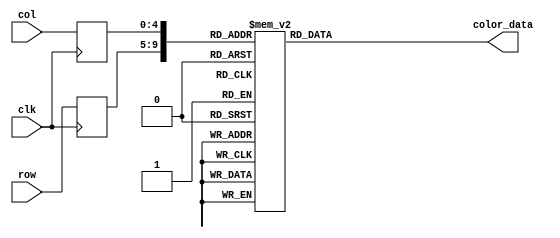
module cover_rom
	(
		input wire clk,
		input wire [4:0] row,
		input wire [4:0] col,
		output reg [11:0] color_data
	);

	(* rom_style = "block" *)

	//signal declaration
	reg [4:0] row_reg;
	reg [4:0] col_reg;

	always @(posedge clk)
		begin
		row_reg <= row;
		col_reg <= col;
		end

	always @*
	case ({row_reg, col_reg})
		10'b0000000000: color_data = 12'b111111111111;
		10'b0000000001: color_data = 12'b111111111111;
		10'b0000000010: color_data = 12'b111111111111;
		10'b0000000011: color_data = 12'b111111111111;
		10'b0000000100: color_data = 12'b111111111111;
		10'b0000000101: color_data = 12'b111111111111;
		10'b0000000110: color_data = 12'b111111111111;
		10'b0000000111: color_data = 12'b111111111111;
		10'b0000001000: color_data = 12'b111111111111;
		10'b0000001001: color_data = 12'b111111111111;
		10'b0000001010: color_data = 12'b111111111111;
		10'b0000001011: color_data = 12'b111111111111;
		10'b0000001100: color_data = 12'b111111111111;
		10'b0000001101: color_data = 12'b111111111111;
		10'b0000001110: color_data = 12'b111111111111;
		10'b0000001111: color_data = 12'b111111111111;
		10'b0000010000: color_data = 12'b111111111111;
		10'b0000010001: color_data = 12'b111111111111;
		10'b0000010010: color_data = 12'b111111111111;
		10'b0000010011: color_data = 12'b111111111111;
		10'b0000010100: color_data = 12'b111111111111;
		10'b0000010101: color_data = 12'b111111111111;
		10'b0000010110: color_data = 12'b111111111111;
		10'b0000010111: color_data = 12'b111111111111;
		10'b0000011000: color_data = 12'b111111111111;
		10'b0000011001: color_data = 12'b111111111111;
		10'b0000011010: color_data = 12'b111111111111;
		10'b0000011011: color_data = 12'b111111111111;
		10'b0000011100: color_data = 12'b101110111011;
		10'b0000011101: color_data = 12'b101110111011;

		10'b0000100000: color_data = 12'b111111111111;
		10'b0000100001: color_data = 12'b111111111111;
		10'b0000100010: color_data = 12'b111111111111;
		10'b0000100011: color_data = 12'b111111111111;
		10'b0000100100: color_data = 12'b111111111111;
		10'b0000100101: color_data = 12'b111111111111;
		10'b0000100110: color_data = 12'b111111111111;
		10'b0000100111: color_data = 12'b111111111111;
		10'b0000101000: color_data = 12'b111111111111;
		10'b0000101001: color_data = 12'b111111111111;
		10'b0000101010: color_data = 12'b111111111111;
		10'b0000101011: color_data = 12'b111111111111;
		10'b0000101100: color_data = 12'b111111111111;
		10'b0000101101: color_data = 12'b111111111111;
		10'b0000101110: color_data = 12'b111111111111;
		10'b0000101111: color_data = 12'b111111111111;
		10'b0000110000: color_data = 12'b111111111111;
		10'b0000110001: color_data = 12'b111111111111;
		10'b0000110010: color_data = 12'b111111111111;
		10'b0000110011: color_data = 12'b111111111111;
		10'b0000110100: color_data = 12'b111111111111;
		10'b0000110101: color_data = 12'b111111111111;
		10'b0000110110: color_data = 12'b111111111111;
		10'b0000110111: color_data = 12'b111111111111;
		10'b0000111000: color_data = 12'b111111111111;
		10'b0000111001: color_data = 12'b111111111111;
		10'b0000111010: color_data = 12'b111111111111;
		10'b0000111011: color_data = 12'b111111111111;
		10'b0000111100: color_data = 12'b110011001100;
		10'b0000111101: color_data = 12'b101110111011;

		10'b0001000000: color_data = 12'b111111111111;
		10'b0001000001: color_data = 12'b111111111111;
		10'b0001000010: color_data = 12'b111111111111;
		10'b0001000011: color_data = 12'b111111111111;
		10'b0001000100: color_data = 12'b111111111111;
		10'b0001000101: color_data = 12'b111111111111;
		10'b0001000110: color_data = 12'b111111111111;
		10'b0001000111: color_data = 12'b111111111111;
		10'b0001001000: color_data = 12'b111111111111;
		10'b0001001001: color_data = 12'b111111111111;
		10'b0001001010: color_data = 12'b111111111111;
		10'b0001001011: color_data = 12'b111111111111;
		10'b0001001100: color_data = 12'b111111111111;
		10'b0001001101: color_data = 12'b111111111111;
		10'b0001001110: color_data = 12'b111111111111;
		10'b0001001111: color_data = 12'b111111111111;
		10'b0001010000: color_data = 12'b111111111111;
		10'b0001010001: color_data = 12'b111111111111;
		10'b0001010010: color_data = 12'b111111111111;
		10'b0001010011: color_data = 12'b111111111111;
		10'b0001010100: color_data = 12'b111111111111;
		10'b0001010101: color_data = 12'b111111111111;
		10'b0001010110: color_data = 12'b111111111111;
		10'b0001010111: color_data = 12'b111111111111;
		10'b0001011000: color_data = 12'b111111111111;
		10'b0001011001: color_data = 12'b111111111111;
		10'b0001011010: color_data = 12'b110011001100;
		10'b0001011011: color_data = 12'b101110111011;
		10'b0001011100: color_data = 12'b011101110111;
		10'b0001011101: color_data = 12'b011101110111;

		10'b0001100000: color_data = 12'b111111111111;
		10'b0001100001: color_data = 12'b111111111111;
		10'b0001100010: color_data = 12'b111111111111;
		10'b0001100011: color_data = 12'b111111111111;
		10'b0001100100: color_data = 12'b111111111111;
		10'b0001100101: color_data = 12'b111111111111;
		10'b0001100110: color_data = 12'b111111111111;
		10'b0001100111: color_data = 12'b111111111111;
		10'b0001101000: color_data = 12'b111111111111;
		10'b0001101001: color_data = 12'b111111111111;
		10'b0001101010: color_data = 12'b111111111111;
		10'b0001101011: color_data = 12'b111111111111;
		10'b0001101100: color_data = 12'b111111111111;
		10'b0001101101: color_data = 12'b111111111111;
		10'b0001101110: color_data = 12'b111111111111;
		10'b0001101111: color_data = 12'b111111111111;
		10'b0001110000: color_data = 12'b111111111111;
		10'b0001110001: color_data = 12'b111111111111;
		10'b0001110010: color_data = 12'b111111111111;
		10'b0001110011: color_data = 12'b111111111111;
		10'b0001110100: color_data = 12'b111111111111;
		10'b0001110101: color_data = 12'b111111111111;
		10'b0001110110: color_data = 12'b111111111111;
		10'b0001110111: color_data = 12'b111111111111;
		10'b0001111000: color_data = 12'b111111111111;
		10'b0001111001: color_data = 12'b111111111111;
		10'b0001111010: color_data = 12'b101110111011;
		10'b0001111011: color_data = 12'b101110111011;
		10'b0001111100: color_data = 12'b011101110111;
		10'b0001111101: color_data = 12'b011101110111;

		10'b0010000000: color_data = 12'b111111111111;
		10'b0010000001: color_data = 12'b111111111111;
		10'b0010000010: color_data = 12'b111111111111;
		10'b0010000011: color_data = 12'b111111111111;
		10'b0010000100: color_data = 12'b110011001100;
		10'b0010000101: color_data = 12'b101110111011;
		10'b0010000110: color_data = 12'b101110111011;
		10'b0010000111: color_data = 12'b101110111011;
		10'b0010001000: color_data = 12'b101110111011;
		10'b0010001001: color_data = 12'b101110111011;
		10'b0010001010: color_data = 12'b101110111011;
		10'b0010001011: color_data = 12'b101110111011;
		10'b0010001100: color_data = 12'b101110111011;
		10'b0010001101: color_data = 12'b101110111011;
		10'b0010001110: color_data = 12'b101110111011;
		10'b0010001111: color_data = 12'b101110111011;
		10'b0010010000: color_data = 12'b101110111011;
		10'b0010010001: color_data = 12'b101110111011;
		10'b0010010010: color_data = 12'b101110111011;
		10'b0010010011: color_data = 12'b101110111011;
		10'b0010010100: color_data = 12'b101110111011;
		10'b0010010101: color_data = 12'b101110111011;
		10'b0010010110: color_data = 12'b101110111011;
		10'b0010010111: color_data = 12'b101110111011;
		10'b0010011000: color_data = 12'b101110111011;
		10'b0010011001: color_data = 12'b101110111011;
		10'b0010011010: color_data = 12'b011101110111;
		10'b0010011011: color_data = 12'b011101110111;
		10'b0010011100: color_data = 12'b011101110111;
		10'b0010011101: color_data = 12'b011101110111;

		10'b0010100000: color_data = 12'b111111111111;
		10'b0010100001: color_data = 12'b111111111111;
		10'b0010100010: color_data = 12'b111111111111;
		10'b0010100011: color_data = 12'b111111111111;
		10'b0010100100: color_data = 12'b101110111011;
		10'b0010100101: color_data = 12'b101110111011;
		10'b0010100110: color_data = 12'b101110111011;
		10'b0010100111: color_data = 12'b101110111011;
		10'b0010101000: color_data = 12'b101110111011;
		10'b0010101001: color_data = 12'b101110111011;
		10'b0010101010: color_data = 12'b101110111011;
		10'b0010101011: color_data = 12'b101110111011;
		10'b0010101100: color_data = 12'b101110111011;
		10'b0010101101: color_data = 12'b101110111011;
		10'b0010101110: color_data = 12'b101110111011;
		10'b0010101111: color_data = 12'b101110111011;
		10'b0010110000: color_data = 12'b101110111011;
		10'b0010110001: color_data = 12'b101110111011;
		10'b0010110010: color_data = 12'b101110111011;
		10'b0010110011: color_data = 12'b101110111011;
		10'b0010110100: color_data = 12'b101110111011;
		10'b0010110101: color_data = 12'b101110111011;
		10'b0010110110: color_data = 12'b101110111011;
		10'b0010110111: color_data = 12'b101110111011;
		10'b0010111000: color_data = 12'b101110111011;
		10'b0010111001: color_data = 12'b101110111011;
		10'b0010111010: color_data = 12'b011101110111;
		10'b0010111011: color_data = 12'b011101110111;
		10'b0010111100: color_data = 12'b011101110111;
		10'b0010111101: color_data = 12'b011101110111;

		10'b0011000000: color_data = 12'b111111111111;
		10'b0011000001: color_data = 12'b111111111111;
		10'b0011000010: color_data = 12'b111111111111;
		10'b0011000011: color_data = 12'b111111111111;
		10'b0011000100: color_data = 12'b101110111011;
		10'b0011000101: color_data = 12'b101110111011;
		10'b0011000110: color_data = 12'b110011001100;
		10'b0011000111: color_data = 12'b101110111011;
		10'b0011001000: color_data = 12'b101110111011;
		10'b0011001001: color_data = 12'b101110111011;
		10'b0011001010: color_data = 12'b101110111011;
		10'b0011001011: color_data = 12'b101110111011;
		10'b0011001100: color_data = 12'b101110111011;
		10'b0011001101: color_data = 12'b101110111011;
		10'b0011001110: color_data = 12'b101110111011;
		10'b0011001111: color_data = 12'b101110111011;
		10'b0011010000: color_data = 12'b101110111011;
		10'b0011010001: color_data = 12'b101110111011;
		10'b0011010010: color_data = 12'b101110111011;
		10'b0011010011: color_data = 12'b101110111011;
		10'b0011010100: color_data = 12'b101110111011;
		10'b0011010101: color_data = 12'b101110111011;
		10'b0011010110: color_data = 12'b101110111011;
		10'b0011010111: color_data = 12'b101110111011;
		10'b0011011000: color_data = 12'b101110111011;
		10'b0011011001: color_data = 12'b101110111011;
		10'b0011011010: color_data = 12'b011101110111;
		10'b0011011011: color_data = 12'b011101110111;
		10'b0011011100: color_data = 12'b011101110111;
		10'b0011011101: color_data = 12'b100010001000;

		10'b0011100000: color_data = 12'b111111111111;
		10'b0011100001: color_data = 12'b111111111111;
		10'b0011100010: color_data = 12'b111111111111;
		10'b0011100011: color_data = 12'b111111111111;
		10'b0011100100: color_data = 12'b110011001100;
		10'b0011100101: color_data = 12'b101110111011;
		10'b0011100110: color_data = 12'b101110111011;
		10'b0011100111: color_data = 12'b101110111011;
		10'b0011101000: color_data = 12'b101110111011;
		10'b0011101001: color_data = 12'b101110111011;
		10'b0011101010: color_data = 12'b101110111011;
		10'b0011101011: color_data = 12'b101110111011;
		10'b0011101100: color_data = 12'b101110111011;
		10'b0011101101: color_data = 12'b101110111011;
		10'b0011101110: color_data = 12'b101110111011;
		10'b0011101111: color_data = 12'b101110111011;
		10'b0011110000: color_data = 12'b101110111011;
		10'b0011110001: color_data = 12'b101110111011;
		10'b0011110010: color_data = 12'b101110111011;
		10'b0011110011: color_data = 12'b101110111011;
		10'b0011110100: color_data = 12'b101110111011;
		10'b0011110101: color_data = 12'b101110111011;
		10'b0011110110: color_data = 12'b101110111011;
		10'b0011110111: color_data = 12'b101110111011;
		10'b0011111000: color_data = 12'b101110111011;
		10'b0011111001: color_data = 12'b101110111011;
		10'b0011111010: color_data = 12'b011101110111;
		10'b0011111011: color_data = 12'b011101110111;
		10'b0011111100: color_data = 12'b011101110111;
		10'b0011111101: color_data = 12'b011101110111;

		10'b0100000000: color_data = 12'b111111111111;
		10'b0100000001: color_data = 12'b111111111111;
		10'b0100000010: color_data = 12'b111111111111;
		10'b0100000011: color_data = 12'b111111111111;
		10'b0100000100: color_data = 12'b101110111011;
		10'b0100000101: color_data = 12'b101110111011;
		10'b0100000110: color_data = 12'b101110111011;
		10'b0100000111: color_data = 12'b101110111011;
		10'b0100001000: color_data = 12'b101110111011;
		10'b0100001001: color_data = 12'b101110111011;
		10'b0100001010: color_data = 12'b101110111011;
		10'b0100001011: color_data = 12'b101110111011;
		10'b0100001100: color_data = 12'b101110111011;
		10'b0100001101: color_data = 12'b101110111011;
		10'b0100001110: color_data = 12'b101110111011;
		10'b0100001111: color_data = 12'b101110111011;
		10'b0100010000: color_data = 12'b101110111011;
		10'b0100010001: color_data = 12'b101110111011;
		10'b0100010010: color_data = 12'b101110111011;
		10'b0100010011: color_data = 12'b101110111011;
		10'b0100010100: color_data = 12'b101110111011;
		10'b0100010101: color_data = 12'b101110111011;
		10'b0100010110: color_data = 12'b101110111011;
		10'b0100010111: color_data = 12'b101110111011;
		10'b0100011000: color_data = 12'b101110111011;
		10'b0100011001: color_data = 12'b101110111011;
		10'b0100011010: color_data = 12'b011101110111;
		10'b0100011011: color_data = 12'b011101110111;
		10'b0100011100: color_data = 12'b011101110111;
		10'b0100011101: color_data = 12'b011101110111;

		10'b0100100000: color_data = 12'b111111111111;
		10'b0100100001: color_data = 12'b111111111111;
		10'b0100100010: color_data = 12'b111111111111;
		10'b0100100011: color_data = 12'b111111111111;
		10'b0100100100: color_data = 12'b101110111011;
		10'b0100100101: color_data = 12'b101110111011;
		10'b0100100110: color_data = 12'b101110111011;
		10'b0100100111: color_data = 12'b101110111011;
		10'b0100101000: color_data = 12'b101110111011;
		10'b0100101001: color_data = 12'b101110111011;
		10'b0100101010: color_data = 12'b101110111011;
		10'b0100101011: color_data = 12'b101110111011;
		10'b0100101100: color_data = 12'b101110111011;
		10'b0100101101: color_data = 12'b101110111011;
		10'b0100101110: color_data = 12'b101110111011;
		10'b0100101111: color_data = 12'b101110111011;
		10'b0100110000: color_data = 12'b101110111011;
		10'b0100110001: color_data = 12'b101110111011;
		10'b0100110010: color_data = 12'b101110111011;
		10'b0100110011: color_data = 12'b101110111011;
		10'b0100110100: color_data = 12'b101110111011;
		10'b0100110101: color_data = 12'b101110111011;
		10'b0100110110: color_data = 12'b101110111011;
		10'b0100110111: color_data = 12'b101110111011;
		10'b0100111000: color_data = 12'b101110111011;
		10'b0100111001: color_data = 12'b101110111011;
		10'b0100111010: color_data = 12'b011101110111;
		10'b0100111011: color_data = 12'b011101110111;
		10'b0100111100: color_data = 12'b011101110111;
		10'b0100111101: color_data = 12'b011101110111;

		10'b0101000000: color_data = 12'b111111111111;
		10'b0101000001: color_data = 12'b111111111111;
		10'b0101000010: color_data = 12'b111111111111;
		10'b0101000011: color_data = 12'b111111111111;
		10'b0101000100: color_data = 12'b101110111011;
		10'b0101000101: color_data = 12'b101110111011;
		10'b0101000110: color_data = 12'b101110111011;
		10'b0101000111: color_data = 12'b101110111011;
		10'b0101001000: color_data = 12'b101110111011;
		10'b0101001001: color_data = 12'b101110111011;
		10'b0101001010: color_data = 12'b101110111011;
		10'b0101001011: color_data = 12'b101110111011;
		10'b0101001100: color_data = 12'b101110111011;
		10'b0101001101: color_data = 12'b101110111011;
		10'b0101001110: color_data = 12'b101110111011;
		10'b0101001111: color_data = 12'b101110111011;
		10'b0101010000: color_data = 12'b101110111011;
		10'b0101010001: color_data = 12'b101110111011;
		10'b0101010010: color_data = 12'b101110111011;
		10'b0101010011: color_data = 12'b101110111011;
		10'b0101010100: color_data = 12'b101110111011;
		10'b0101010101: color_data = 12'b101110111011;
		10'b0101010110: color_data = 12'b101110111011;
		10'b0101010111: color_data = 12'b101110111011;
		10'b0101011000: color_data = 12'b101110111011;
		10'b0101011001: color_data = 12'b101110111011;
		10'b0101011010: color_data = 12'b011101110111;
		10'b0101011011: color_data = 12'b011101110111;
		10'b0101011100: color_data = 12'b011101110111;
		10'b0101011101: color_data = 12'b011101110111;

		10'b0101100000: color_data = 12'b111111111111;
		10'b0101100001: color_data = 12'b111111111111;
		10'b0101100010: color_data = 12'b111111111111;
		10'b0101100011: color_data = 12'b111111111111;
		10'b0101100100: color_data = 12'b101110111011;
		10'b0101100101: color_data = 12'b101110111011;
		10'b0101100110: color_data = 12'b101110111011;
		10'b0101100111: color_data = 12'b101110111011;
		10'b0101101000: color_data = 12'b101110111011;
		10'b0101101001: color_data = 12'b101110111011;
		10'b0101101010: color_data = 12'b101110111011;
		10'b0101101011: color_data = 12'b101110111011;
		10'b0101101100: color_data = 12'b101110111011;
		10'b0101101101: color_data = 12'b101110111011;
		10'b0101101110: color_data = 12'b101110111011;
		10'b0101101111: color_data = 12'b101110111011;
		10'b0101110000: color_data = 12'b101110111011;
		10'b0101110001: color_data = 12'b101110111011;
		10'b0101110010: color_data = 12'b101110111011;
		10'b0101110011: color_data = 12'b101110111011;
		10'b0101110100: color_data = 12'b101110111011;
		10'b0101110101: color_data = 12'b101110111011;
		10'b0101110110: color_data = 12'b101110111011;
		10'b0101110111: color_data = 12'b101110111011;
		10'b0101111000: color_data = 12'b101110111011;
		10'b0101111001: color_data = 12'b101110111011;
		10'b0101111010: color_data = 12'b011101110111;
		10'b0101111011: color_data = 12'b011101110111;
		10'b0101111100: color_data = 12'b011101110111;
		10'b0101111101: color_data = 12'b011101110111;

		10'b0110000000: color_data = 12'b111111111111;
		10'b0110000001: color_data = 12'b111111111111;
		10'b0110000010: color_data = 12'b111111111111;
		10'b0110000011: color_data = 12'b111111111111;
		10'b0110000100: color_data = 12'b101110111011;
		10'b0110000101: color_data = 12'b101110111011;
		10'b0110000110: color_data = 12'b101110111011;
		10'b0110000111: color_data = 12'b101110111011;
		10'b0110001000: color_data = 12'b101110111011;
		10'b0110001001: color_data = 12'b101110111011;
		10'b0110001010: color_data = 12'b101110111011;
		10'b0110001011: color_data = 12'b101110111011;
		10'b0110001100: color_data = 12'b101110111011;
		10'b0110001101: color_data = 12'b101110111011;
		10'b0110001110: color_data = 12'b101110111011;
		10'b0110001111: color_data = 12'b101110111011;
		10'b0110010000: color_data = 12'b101110111011;
		10'b0110010001: color_data = 12'b101110111011;
		10'b0110010010: color_data = 12'b101110111011;
		10'b0110010011: color_data = 12'b101110111011;
		10'b0110010100: color_data = 12'b101110111011;
		10'b0110010101: color_data = 12'b101110111011;
		10'b0110010110: color_data = 12'b101110111011;
		10'b0110010111: color_data = 12'b101110111011;
		10'b0110011000: color_data = 12'b101110111011;
		10'b0110011001: color_data = 12'b101110111011;
		10'b0110011010: color_data = 12'b011101110111;
		10'b0110011011: color_data = 12'b011101110111;
		10'b0110011100: color_data = 12'b011101110111;
		10'b0110011101: color_data = 12'b011101110111;

		10'b0110100000: color_data = 12'b111111111111;
		10'b0110100001: color_data = 12'b111111111111;
		10'b0110100010: color_data = 12'b111111111111;
		10'b0110100011: color_data = 12'b111111111111;
		10'b0110100100: color_data = 12'b101110111011;
		10'b0110100101: color_data = 12'b101110111011;
		10'b0110100110: color_data = 12'b101110111011;
		10'b0110100111: color_data = 12'b101110111011;
		10'b0110101000: color_data = 12'b101110111011;
		10'b0110101001: color_data = 12'b101110111011;
		10'b0110101010: color_data = 12'b101110111011;
		10'b0110101011: color_data = 12'b101110111011;
		10'b0110101100: color_data = 12'b101110111011;
		10'b0110101101: color_data = 12'b101110111011;
		10'b0110101110: color_data = 12'b101110111011;
		10'b0110101111: color_data = 12'b101110111011;
		10'b0110110000: color_data = 12'b101110111011;
		10'b0110110001: color_data = 12'b101110111011;
		10'b0110110010: color_data = 12'b101110111011;
		10'b0110110011: color_data = 12'b101110111011;
		10'b0110110100: color_data = 12'b101110111011;
		10'b0110110101: color_data = 12'b101110111011;
		10'b0110110110: color_data = 12'b101110111011;
		10'b0110110111: color_data = 12'b101110111011;
		10'b0110111000: color_data = 12'b101110111011;
		10'b0110111001: color_data = 12'b101110111011;
		10'b0110111010: color_data = 12'b011101110111;
		10'b0110111011: color_data = 12'b011101110111;
		10'b0110111100: color_data = 12'b011101110111;
		10'b0110111101: color_data = 12'b011101110111;

		10'b0111000000: color_data = 12'b111111111111;
		10'b0111000001: color_data = 12'b111111111111;
		10'b0111000010: color_data = 12'b111111111111;
		10'b0111000011: color_data = 12'b111111111111;
		10'b0111000100: color_data = 12'b101110111011;
		10'b0111000101: color_data = 12'b101110111011;
		10'b0111000110: color_data = 12'b101110111011;
		10'b0111000111: color_data = 12'b101110111011;
		10'b0111001000: color_data = 12'b101110111011;
		10'b0111001001: color_data = 12'b101110111011;
		10'b0111001010: color_data = 12'b101110111011;
		10'b0111001011: color_data = 12'b101110111011;
		10'b0111001100: color_data = 12'b101110111011;
		10'b0111001101: color_data = 12'b101110111011;
		10'b0111001110: color_data = 12'b101110111011;
		10'b0111001111: color_data = 12'b101110111011;
		10'b0111010000: color_data = 12'b101110111011;
		10'b0111010001: color_data = 12'b101110111011;
		10'b0111010010: color_data = 12'b101110111011;
		10'b0111010011: color_data = 12'b101110111011;
		10'b0111010100: color_data = 12'b101110111011;
		10'b0111010101: color_data = 12'b101110111011;
		10'b0111010110: color_data = 12'b101110111011;
		10'b0111010111: color_data = 12'b101110111011;
		10'b0111011000: color_data = 12'b101110111011;
		10'b0111011001: color_data = 12'b101110111011;
		10'b0111011010: color_data = 12'b011101110111;
		10'b0111011011: color_data = 12'b011101110111;
		10'b0111011100: color_data = 12'b011101110111;
		10'b0111011101: color_data = 12'b011101110111;

		10'b0111100000: color_data = 12'b111111111111;
		10'b0111100001: color_data = 12'b111111111111;
		10'b0111100010: color_data = 12'b111111111111;
		10'b0111100011: color_data = 12'b111111111111;
		10'b0111100100: color_data = 12'b101110111011;
		10'b0111100101: color_data = 12'b101110111011;
		10'b0111100110: color_data = 12'b101110111011;
		10'b0111100111: color_data = 12'b101110111011;
		10'b0111101000: color_data = 12'b101110111011;
		10'b0111101001: color_data = 12'b101110111011;
		10'b0111101010: color_data = 12'b101110111011;
		10'b0111101011: color_data = 12'b101110111011;
		10'b0111101100: color_data = 12'b101110111011;
		10'b0111101101: color_data = 12'b101110111011;
		10'b0111101110: color_data = 12'b101110111011;
		10'b0111101111: color_data = 12'b101110111011;
		10'b0111110000: color_data = 12'b101110111011;
		10'b0111110001: color_data = 12'b101110111011;
		10'b0111110010: color_data = 12'b101110111011;
		10'b0111110011: color_data = 12'b101110111011;
		10'b0111110100: color_data = 12'b101110111011;
		10'b0111110101: color_data = 12'b101110111011;
		10'b0111110110: color_data = 12'b101110111011;
		10'b0111110111: color_data = 12'b101110111011;
		10'b0111111000: color_data = 12'b101110111011;
		10'b0111111001: color_data = 12'b101110111011;
		10'b0111111010: color_data = 12'b011101110111;
		10'b0111111011: color_data = 12'b011101110111;
		10'b0111111100: color_data = 12'b011101110111;
		10'b0111111101: color_data = 12'b011101110111;

		10'b1000000000: color_data = 12'b111111111111;
		10'b1000000001: color_data = 12'b111111111111;
		10'b1000000010: color_data = 12'b111111111111;
		10'b1000000011: color_data = 12'b111111111111;
		10'b1000000100: color_data = 12'b101110111011;
		10'b1000000101: color_data = 12'b101110111011;
		10'b1000000110: color_data = 12'b101110111011;
		10'b1000000111: color_data = 12'b101110111011;
		10'b1000001000: color_data = 12'b101110111011;
		10'b1000001001: color_data = 12'b101110111011;
		10'b1000001010: color_data = 12'b101110111011;
		10'b1000001011: color_data = 12'b101110111011;
		10'b1000001100: color_data = 12'b101110111011;
		10'b1000001101: color_data = 12'b101110111011;
		10'b1000001110: color_data = 12'b101110111011;
		10'b1000001111: color_data = 12'b101110111011;
		10'b1000010000: color_data = 12'b101110111011;
		10'b1000010001: color_data = 12'b101110111011;
		10'b1000010010: color_data = 12'b101110111011;
		10'b1000010011: color_data = 12'b101110111011;
		10'b1000010100: color_data = 12'b101110111011;
		10'b1000010101: color_data = 12'b101110111011;
		10'b1000010110: color_data = 12'b101110111011;
		10'b1000010111: color_data = 12'b101110111011;
		10'b1000011000: color_data = 12'b101110111011;
		10'b1000011001: color_data = 12'b101110111011;
		10'b1000011010: color_data = 12'b011101110111;
		10'b1000011011: color_data = 12'b011101110111;
		10'b1000011100: color_data = 12'b011101110111;
		10'b1000011101: color_data = 12'b011101110111;

		10'b1000100000: color_data = 12'b111111111111;
		10'b1000100001: color_data = 12'b111111111111;
		10'b1000100010: color_data = 12'b111111111111;
		10'b1000100011: color_data = 12'b111111111111;
		10'b1000100100: color_data = 12'b101110111011;
		10'b1000100101: color_data = 12'b101110111011;
		10'b1000100110: color_data = 12'b101110111011;
		10'b1000100111: color_data = 12'b101110111011;
		10'b1000101000: color_data = 12'b101110111011;
		10'b1000101001: color_data = 12'b101110111011;
		10'b1000101010: color_data = 12'b101110111011;
		10'b1000101011: color_data = 12'b101110111011;
		10'b1000101100: color_data = 12'b101110111011;
		10'b1000101101: color_data = 12'b101110111011;
		10'b1000101110: color_data = 12'b101110111011;
		10'b1000101111: color_data = 12'b101110111011;
		10'b1000110000: color_data = 12'b101110111011;
		10'b1000110001: color_data = 12'b101110111011;
		10'b1000110010: color_data = 12'b101110111011;
		10'b1000110011: color_data = 12'b101110111011;
		10'b1000110100: color_data = 12'b101110111011;
		10'b1000110101: color_data = 12'b101110111011;
		10'b1000110110: color_data = 12'b101110111011;
		10'b1000110111: color_data = 12'b101110111011;
		10'b1000111000: color_data = 12'b101110111011;
		10'b1000111001: color_data = 12'b101110111011;
		10'b1000111010: color_data = 12'b011101110111;
		10'b1000111011: color_data = 12'b011101110111;
		10'b1000111100: color_data = 12'b011101110111;
		10'b1000111101: color_data = 12'b011101110111;

		10'b1001000000: color_data = 12'b111111111111;
		10'b1001000001: color_data = 12'b111111111111;
		10'b1001000010: color_data = 12'b111111111111;
		10'b1001000011: color_data = 12'b111111111111;
		10'b1001000100: color_data = 12'b101110111011;
		10'b1001000101: color_data = 12'b101110111011;
		10'b1001000110: color_data = 12'b101110111011;
		10'b1001000111: color_data = 12'b101110111011;
		10'b1001001000: color_data = 12'b101110111011;
		10'b1001001001: color_data = 12'b101110111011;
		10'b1001001010: color_data = 12'b101110111011;
		10'b1001001011: color_data = 12'b101110111011;
		10'b1001001100: color_data = 12'b101110111011;
		10'b1001001101: color_data = 12'b101110111011;
		10'b1001001110: color_data = 12'b101110111011;
		10'b1001001111: color_data = 12'b101110111011;
		10'b1001010000: color_data = 12'b101110111011;
		10'b1001010001: color_data = 12'b101110111011;
		10'b1001010010: color_data = 12'b101110111011;
		10'b1001010011: color_data = 12'b101110111011;
		10'b1001010100: color_data = 12'b101110111011;
		10'b1001010101: color_data = 12'b101110111011;
		10'b1001010110: color_data = 12'b101110111011;
		10'b1001010111: color_data = 12'b101110111011;
		10'b1001011000: color_data = 12'b101110111011;
		10'b1001011001: color_data = 12'b101110111011;
		10'b1001011010: color_data = 12'b011101110111;
		10'b1001011011: color_data = 12'b011101110111;
		10'b1001011100: color_data = 12'b011101110111;
		10'b1001011101: color_data = 12'b011101110111;

		10'b1001100000: color_data = 12'b111111111111;
		10'b1001100001: color_data = 12'b111111111111;
		10'b1001100010: color_data = 12'b111111111111;
		10'b1001100011: color_data = 12'b111111111111;
		10'b1001100100: color_data = 12'b101110111011;
		10'b1001100101: color_data = 12'b101110111011;
		10'b1001100110: color_data = 12'b101110111011;
		10'b1001100111: color_data = 12'b101110111011;
		10'b1001101000: color_data = 12'b101110111011;
		10'b1001101001: color_data = 12'b101110111011;
		10'b1001101010: color_data = 12'b101110111011;
		10'b1001101011: color_data = 12'b101110111011;
		10'b1001101100: color_data = 12'b101110111011;
		10'b1001101101: color_data = 12'b101110111011;
		10'b1001101110: color_data = 12'b101110111011;
		10'b1001101111: color_data = 12'b101110111011;
		10'b1001110000: color_data = 12'b101110111011;
		10'b1001110001: color_data = 12'b101110111011;
		10'b1001110010: color_data = 12'b101110111011;
		10'b1001110011: color_data = 12'b101110111011;
		10'b1001110100: color_data = 12'b101110111011;
		10'b1001110101: color_data = 12'b101110111011;
		10'b1001110110: color_data = 12'b101110111011;
		10'b1001110111: color_data = 12'b101110111011;
		10'b1001111000: color_data = 12'b101110111011;
		10'b1001111001: color_data = 12'b101110111011;
		10'b1001111010: color_data = 12'b011101110111;
		10'b1001111011: color_data = 12'b011101110111;
		10'b1001111100: color_data = 12'b011101110111;
		10'b1001111101: color_data = 12'b011101110111;

		10'b1010000000: color_data = 12'b111111111111;
		10'b1010000001: color_data = 12'b111111111111;
		10'b1010000010: color_data = 12'b111111111111;
		10'b1010000011: color_data = 12'b111111111111;
		10'b1010000100: color_data = 12'b101110111011;
		10'b1010000101: color_data = 12'b101110111011;
		10'b1010000110: color_data = 12'b101110111011;
		10'b1010000111: color_data = 12'b101110111011;
		10'b1010001000: color_data = 12'b101110111011;
		10'b1010001001: color_data = 12'b101110111011;
		10'b1010001010: color_data = 12'b101110111011;
		10'b1010001011: color_data = 12'b101110111011;
		10'b1010001100: color_data = 12'b101110111011;
		10'b1010001101: color_data = 12'b101110111011;
		10'b1010001110: color_data = 12'b101110111011;
		10'b1010001111: color_data = 12'b101110111011;
		10'b1010010000: color_data = 12'b101110111011;
		10'b1010010001: color_data = 12'b101110111011;
		10'b1010010010: color_data = 12'b101110111011;
		10'b1010010011: color_data = 12'b101110111011;
		10'b1010010100: color_data = 12'b101110111011;
		10'b1010010101: color_data = 12'b101110111011;
		10'b1010010110: color_data = 12'b101110111011;
		10'b1010010111: color_data = 12'b101110111011;
		10'b1010011000: color_data = 12'b101110111011;
		10'b1010011001: color_data = 12'b101110111011;
		10'b1010011010: color_data = 12'b011101110111;
		10'b1010011011: color_data = 12'b011101110111;
		10'b1010011100: color_data = 12'b011101110111;
		10'b1010011101: color_data = 12'b011101110111;

		10'b1010100000: color_data = 12'b111111111111;
		10'b1010100001: color_data = 12'b111111111111;
		10'b1010100010: color_data = 12'b111111111111;
		10'b1010100011: color_data = 12'b111111111111;
		10'b1010100100: color_data = 12'b101110111011;
		10'b1010100101: color_data = 12'b101110111011;
		10'b1010100110: color_data = 12'b101110111011;
		10'b1010100111: color_data = 12'b101110111011;
		10'b1010101000: color_data = 12'b101110111011;
		10'b1010101001: color_data = 12'b101110111011;
		10'b1010101010: color_data = 12'b101110111011;
		10'b1010101011: color_data = 12'b101110111011;
		10'b1010101100: color_data = 12'b101110111011;
		10'b1010101101: color_data = 12'b101110111011;
		10'b1010101110: color_data = 12'b101110111011;
		10'b1010101111: color_data = 12'b101110111011;
		10'b1010110000: color_data = 12'b101110111011;
		10'b1010110001: color_data = 12'b101110111011;
		10'b1010110010: color_data = 12'b101110111011;
		10'b1010110011: color_data = 12'b101110111011;
		10'b1010110100: color_data = 12'b101110111011;
		10'b1010110101: color_data = 12'b101110111011;
		10'b1010110110: color_data = 12'b101110111011;
		10'b1010110111: color_data = 12'b101110111011;
		10'b1010111000: color_data = 12'b101110111011;
		10'b1010111001: color_data = 12'b101110111011;
		10'b1010111010: color_data = 12'b011101110111;
		10'b1010111011: color_data = 12'b011101110111;
		10'b1010111100: color_data = 12'b011101110111;
		10'b1010111101: color_data = 12'b011101110111;

		10'b1011000000: color_data = 12'b111111111111;
		10'b1011000001: color_data = 12'b111111111111;
		10'b1011000010: color_data = 12'b111111111111;
		10'b1011000011: color_data = 12'b111111111111;
		10'b1011000100: color_data = 12'b101110111011;
		10'b1011000101: color_data = 12'b101110111011;
		10'b1011000110: color_data = 12'b101110111011;
		10'b1011000111: color_data = 12'b101110111011;
		10'b1011001000: color_data = 12'b101110111011;
		10'b1011001001: color_data = 12'b101110111011;
		10'b1011001010: color_data = 12'b101110111011;
		10'b1011001011: color_data = 12'b101110111011;
		10'b1011001100: color_data = 12'b101110111011;
		10'b1011001101: color_data = 12'b101110111011;
		10'b1011001110: color_data = 12'b101110111011;
		10'b1011001111: color_data = 12'b101110111011;
		10'b1011010000: color_data = 12'b101110111011;
		10'b1011010001: color_data = 12'b101110111011;
		10'b1011010010: color_data = 12'b101110111011;
		10'b1011010011: color_data = 12'b101110111011;
		10'b1011010100: color_data = 12'b101110111011;
		10'b1011010101: color_data = 12'b101110111011;
		10'b1011010110: color_data = 12'b101110111011;
		10'b1011010111: color_data = 12'b101110111011;
		10'b1011011000: color_data = 12'b101110111011;
		10'b1011011001: color_data = 12'b101110111011;
		10'b1011011010: color_data = 12'b011101110111;
		10'b1011011011: color_data = 12'b011101110111;
		10'b1011011100: color_data = 12'b011101110111;
		10'b1011011101: color_data = 12'b011101110111;

		10'b1011100000: color_data = 12'b111111111111;
		10'b1011100001: color_data = 12'b111111111111;
		10'b1011100010: color_data = 12'b111111111111;
		10'b1011100011: color_data = 12'b111111111111;
		10'b1011100100: color_data = 12'b101110111011;
		10'b1011100101: color_data = 12'b101110111011;
		10'b1011100110: color_data = 12'b101110111011;
		10'b1011100111: color_data = 12'b101110111011;
		10'b1011101000: color_data = 12'b101110111011;
		10'b1011101001: color_data = 12'b101110111011;
		10'b1011101010: color_data = 12'b101110111011;
		10'b1011101011: color_data = 12'b101110111011;
		10'b1011101100: color_data = 12'b101110111011;
		10'b1011101101: color_data = 12'b101110111011;
		10'b1011101110: color_data = 12'b101110111011;
		10'b1011101111: color_data = 12'b101110111011;
		10'b1011110000: color_data = 12'b101110111011;
		10'b1011110001: color_data = 12'b101110111011;
		10'b1011110010: color_data = 12'b101110111011;
		10'b1011110011: color_data = 12'b101110111011;
		10'b1011110100: color_data = 12'b101110111011;
		10'b1011110101: color_data = 12'b101110111011;
		10'b1011110110: color_data = 12'b101110111011;
		10'b1011110111: color_data = 12'b101110111011;
		10'b1011111000: color_data = 12'b101110111011;
		10'b1011111001: color_data = 12'b101110111011;
		10'b1011111010: color_data = 12'b011101110111;
		10'b1011111011: color_data = 12'b011101110111;
		10'b1011111100: color_data = 12'b011101110111;
		10'b1011111101: color_data = 12'b011101110111;

		10'b1100000000: color_data = 12'b111111111111;
		10'b1100000001: color_data = 12'b111111111111;
		10'b1100000010: color_data = 12'b111111111111;
		10'b1100000011: color_data = 12'b111111111111;
		10'b1100000100: color_data = 12'b101110111011;
		10'b1100000101: color_data = 12'b101110111011;
		10'b1100000110: color_data = 12'b101110111011;
		10'b1100000111: color_data = 12'b101110111011;
		10'b1100001000: color_data = 12'b101110111011;
		10'b1100001001: color_data = 12'b101110111011;
		10'b1100001010: color_data = 12'b101110111011;
		10'b1100001011: color_data = 12'b101110111011;
		10'b1100001100: color_data = 12'b101110111011;
		10'b1100001101: color_data = 12'b101110111011;
		10'b1100001110: color_data = 12'b101110111011;
		10'b1100001111: color_data = 12'b101110111011;
		10'b1100010000: color_data = 12'b101110111011;
		10'b1100010001: color_data = 12'b101110111011;
		10'b1100010010: color_data = 12'b101110111011;
		10'b1100010011: color_data = 12'b101110111011;
		10'b1100010100: color_data = 12'b101110111011;
		10'b1100010101: color_data = 12'b101110111011;
		10'b1100010110: color_data = 12'b101110111011;
		10'b1100010111: color_data = 12'b101110111011;
		10'b1100011000: color_data = 12'b101110111011;
		10'b1100011001: color_data = 12'b101110111011;
		10'b1100011010: color_data = 12'b011101110111;
		10'b1100011011: color_data = 12'b011101110111;
		10'b1100011100: color_data = 12'b011101110111;
		10'b1100011101: color_data = 12'b011101110111;

		10'b1100100000: color_data = 12'b111111111111;
		10'b1100100001: color_data = 12'b111111111111;
		10'b1100100010: color_data = 12'b111111111111;
		10'b1100100011: color_data = 12'b111111111111;
		10'b1100100100: color_data = 12'b110011001100;
		10'b1100100101: color_data = 12'b101110111011;
		10'b1100100110: color_data = 12'b101110111011;
		10'b1100100111: color_data = 12'b101110111011;
		10'b1100101000: color_data = 12'b101110111011;
		10'b1100101001: color_data = 12'b101110111011;
		10'b1100101010: color_data = 12'b101110111011;
		10'b1100101011: color_data = 12'b101110111011;
		10'b1100101100: color_data = 12'b101110111011;
		10'b1100101101: color_data = 12'b101110111011;
		10'b1100101110: color_data = 12'b101110111011;
		10'b1100101111: color_data = 12'b101110111011;
		10'b1100110000: color_data = 12'b101110111011;
		10'b1100110001: color_data = 12'b101110111011;
		10'b1100110010: color_data = 12'b101110111011;
		10'b1100110011: color_data = 12'b101110111011;
		10'b1100110100: color_data = 12'b101110111011;
		10'b1100110101: color_data = 12'b101110111011;
		10'b1100110110: color_data = 12'b101110111011;
		10'b1100110111: color_data = 12'b101110111011;
		10'b1100111000: color_data = 12'b101110111011;
		10'b1100111001: color_data = 12'b101110111011;
		10'b1100111010: color_data = 12'b100010001000;
		10'b1100111011: color_data = 12'b011101110111;
		10'b1100111100: color_data = 12'b011101110111;
		10'b1100111101: color_data = 12'b011101110111;

		10'b1101000000: color_data = 12'b111111111111;
		10'b1101000001: color_data = 12'b111111111111;
		10'b1101000010: color_data = 12'b110011001100;
		10'b1101000011: color_data = 12'b101110111011;
		10'b1101000100: color_data = 12'b011101110111;
		10'b1101000101: color_data = 12'b011101110111;
		10'b1101000110: color_data = 12'b011101110111;
		10'b1101000111: color_data = 12'b011101110111;
		10'b1101001000: color_data = 12'b011101110111;
		10'b1101001001: color_data = 12'b011101110111;
		10'b1101001010: color_data = 12'b011101110111;
		10'b1101001011: color_data = 12'b011101110111;
		10'b1101001100: color_data = 12'b011101110111;
		10'b1101001101: color_data = 12'b011101110111;
		10'b1101001110: color_data = 12'b011101110111;
		10'b1101001111: color_data = 12'b011101110111;
		10'b1101010000: color_data = 12'b011101110111;
		10'b1101010001: color_data = 12'b011101110111;
		10'b1101010010: color_data = 12'b011101110111;
		10'b1101010011: color_data = 12'b011101110111;
		10'b1101010100: color_data = 12'b011101110111;
		10'b1101010101: color_data = 12'b011101110111;
		10'b1101010110: color_data = 12'b011101110111;
		10'b1101010111: color_data = 12'b011101110111;
		10'b1101011000: color_data = 12'b011101110111;
		10'b1101011001: color_data = 12'b100010001000;
		10'b1101011010: color_data = 12'b011101110111;
		10'b1101011011: color_data = 12'b011101110111;
		10'b1101011100: color_data = 12'b011101110111;
		10'b1101011101: color_data = 12'b011101110111;

		10'b1101100000: color_data = 12'b111111111111;
		10'b1101100001: color_data = 12'b111111111111;
		10'b1101100010: color_data = 12'b101110111011;
		10'b1101100011: color_data = 12'b101110111011;
		10'b1101100100: color_data = 12'b011101110111;
		10'b1101100101: color_data = 12'b011101110111;
		10'b1101100110: color_data = 12'b011101110111;
		10'b1101100111: color_data = 12'b011101110111;
		10'b1101101000: color_data = 12'b011101110111;
		10'b1101101001: color_data = 12'b011101110111;
		10'b1101101010: color_data = 12'b011101110111;
		10'b1101101011: color_data = 12'b011101110111;
		10'b1101101100: color_data = 12'b011101110111;
		10'b1101101101: color_data = 12'b011101110111;
		10'b1101101110: color_data = 12'b011101110111;
		10'b1101101111: color_data = 12'b011101110111;
		10'b1101110000: color_data = 12'b011101110111;
		10'b1101110001: color_data = 12'b011101110111;
		10'b1101110010: color_data = 12'b011101110111;
		10'b1101110011: color_data = 12'b011101110111;
		10'b1101110100: color_data = 12'b011101110111;
		10'b1101110101: color_data = 12'b011101110111;
		10'b1101110110: color_data = 12'b011101110111;
		10'b1101110111: color_data = 12'b011101110111;
		10'b1101111000: color_data = 12'b011101110111;
		10'b1101111001: color_data = 12'b100010001000;
		10'b1101111010: color_data = 12'b011101110111;
		10'b1101111011: color_data = 12'b011101110111;
		10'b1101111100: color_data = 12'b011101110111;
		10'b1101111101: color_data = 12'b011101110111;

		10'b1110000000: color_data = 12'b101110111011;
		10'b1110000001: color_data = 12'b101110111011;
		10'b1110000010: color_data = 12'b011101110111;
		10'b1110000011: color_data = 12'b011101110111;
		10'b1110000100: color_data = 12'b011101110111;
		10'b1110000101: color_data = 12'b011101110111;
		10'b1110000110: color_data = 12'b100010001000;
		10'b1110000111: color_data = 12'b011101110111;
		10'b1110001000: color_data = 12'b011101110111;
		10'b1110001001: color_data = 12'b011101110111;
		10'b1110001010: color_data = 12'b011101110111;
		10'b1110001011: color_data = 12'b011101110111;
		10'b1110001100: color_data = 12'b011101110111;
		10'b1110001101: color_data = 12'b011101110111;
		10'b1110001110: color_data = 12'b011101110111;
		10'b1110001111: color_data = 12'b011101110111;
		10'b1110010000: color_data = 12'b011101110111;
		10'b1110010001: color_data = 12'b011101110111;
		10'b1110010010: color_data = 12'b011101110111;
		10'b1110010011: color_data = 12'b011101110111;
		10'b1110010100: color_data = 12'b011101110111;
		10'b1110010101: color_data = 12'b011101110111;
		10'b1110010110: color_data = 12'b011101110111;
		10'b1110010111: color_data = 12'b011101110111;
		10'b1110011000: color_data = 12'b011101110111;
		10'b1110011001: color_data = 12'b011101110111;
		10'b1110011010: color_data = 12'b011101110111;
		10'b1110011011: color_data = 12'b011101110111;
		10'b1110011100: color_data = 12'b011101110111;
		10'b1110011101: color_data = 12'b011101110111;

		10'b1110100000: color_data = 12'b101110111011;
		10'b1110100001: color_data = 12'b101110111011;
		10'b1110100010: color_data = 12'b011101110111;
		10'b1110100011: color_data = 12'b011101110111;
		10'b1110100100: color_data = 12'b011101110111;
		10'b1110100101: color_data = 12'b011101110111;
		10'b1110100110: color_data = 12'b011101110111;
		10'b1110100111: color_data = 12'b011101110111;
		10'b1110101000: color_data = 12'b011101110111;
		10'b1110101001: color_data = 12'b011101110111;
		10'b1110101010: color_data = 12'b011101110111;
		10'b1110101011: color_data = 12'b011101110111;
		10'b1110101100: color_data = 12'b011101110111;
		10'b1110101101: color_data = 12'b011101110111;
		10'b1110101110: color_data = 12'b011101110111;
		10'b1110101111: color_data = 12'b011101110111;
		10'b1110110000: color_data = 12'b011101110111;
		10'b1110110001: color_data = 12'b011101110111;
		10'b1110110010: color_data = 12'b011101110111;
		10'b1110110011: color_data = 12'b011101110111;
		10'b1110110100: color_data = 12'b011101110111;
		10'b1110110101: color_data = 12'b011101110111;
		10'b1110110110: color_data = 12'b011101110111;
		10'b1110110111: color_data = 12'b011101110111;
		10'b1110111000: color_data = 12'b011101110111;
		10'b1110111001: color_data = 12'b011101110111;
		10'b1110111010: color_data = 12'b011101110111;
		10'b1110111011: color_data = 12'b011101110111;
		10'b1110111100: color_data = 12'b011101110111;
		10'b1110111101: color_data = 12'b011101110111;

		default: color_data = 12'b000000000000;
	endcase
endmodule